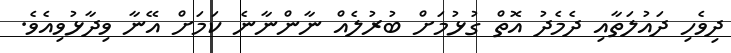
ދިވެހި ދައުލަތާއި ދެމެދު އޮތް ގުޅުމަށް ބުރުލެއް ނާންނާނެ ކަމަށް އޭނާ ވިދާޅުވިއެވެ.